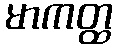
မာကတ္ထ